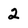
Character: 2